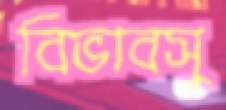
বিভাবসু